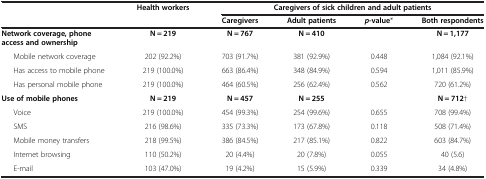
<table><thead><tr><td rowspan="2"><b> </b></td><td rowspan="2"><b>Health workers</b></td><td colspan="4"><b>Caregivers of sick children and adult patients</b></td></tr><tr><td><b>Caregivers</b></td><td><b>Adult patients</b></td><td><b><i>p</i>-value*</b></td><td><b>Both respondents</b></td></tr></thead><tbody><tr><td><b>Network coverage, phone access and ownership</b></td><td><b>N = 219</b></td><td><b>N = 767</b></td><td><b>N = 410</b></td><td> </td><td><b>N = 1,177</b></td></tr><tr><td>Mobile network coverage</td><td>202 (92.2%)</td><td>703 (91.7%)</td><td>381 (92.9%)</td><td>0.448</td><td>1,084 (92.1%)</td></tr><tr><td>Has access to mobile phone</td><td>219 (100.0%)</td><td>663 (86.4%)</td><td>348 (84.9%)</td><td>0.594</td><td>1,011 (85.9%)</td></tr><tr><td>Has personal mobile phone</td><td>219 (100.0%)</td><td>464 (60.5%)</td><td>256 (62.4%)</td><td>0.562</td><td>720 (61.2%)</td></tr><tr><td><b>Use of mobile phones</b></td><td><b>N = 219</b></td><td><b>N = 457</b></td><td><b>N = 255</b></td><td> </td><td><b>N = 712</b>†</td></tr><tr><td>Voice</td><td>219 (100.0%)</td><td>454 (99.3%)</td><td>254 (99.6%)</td><td>0.655</td><td>708 (99.4%)</td></tr><tr><td>SMS</td><td>216 (98.6%)</td><td>335 (73.3%)</td><td>173 (67.8%)</td><td>0.118</td><td>508 (71.4%)</td></tr><tr><td>Mobile money transfers</td><td>218 (99.5%)</td><td>386 (84.5%)</td><td>217 (85.1%)</td><td>0.822</td><td>603 (84.7%)</td></tr><tr><td>Internet browsing</td><td>110 (50.2%)</td><td>20 (4.4%)</td><td>20 (7.8%)</td><td>0.055</td><td>40 (5.6)</td></tr><tr><td>E-mail</td><td>103 (47.0%)</td><td>19 (4.2%)</td><td>15 (5.9%)</td><td>0.339</td><td>34 (4.8%)</td></tr></tbody></table>